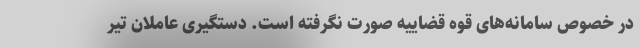
در خصوص سامانه‌های قوه قضاییه صورت نگرفته است. دستگیری عاملان تیر